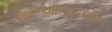
શરૂઆતકાલીન